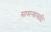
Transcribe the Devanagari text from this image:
सामन्यासाठि